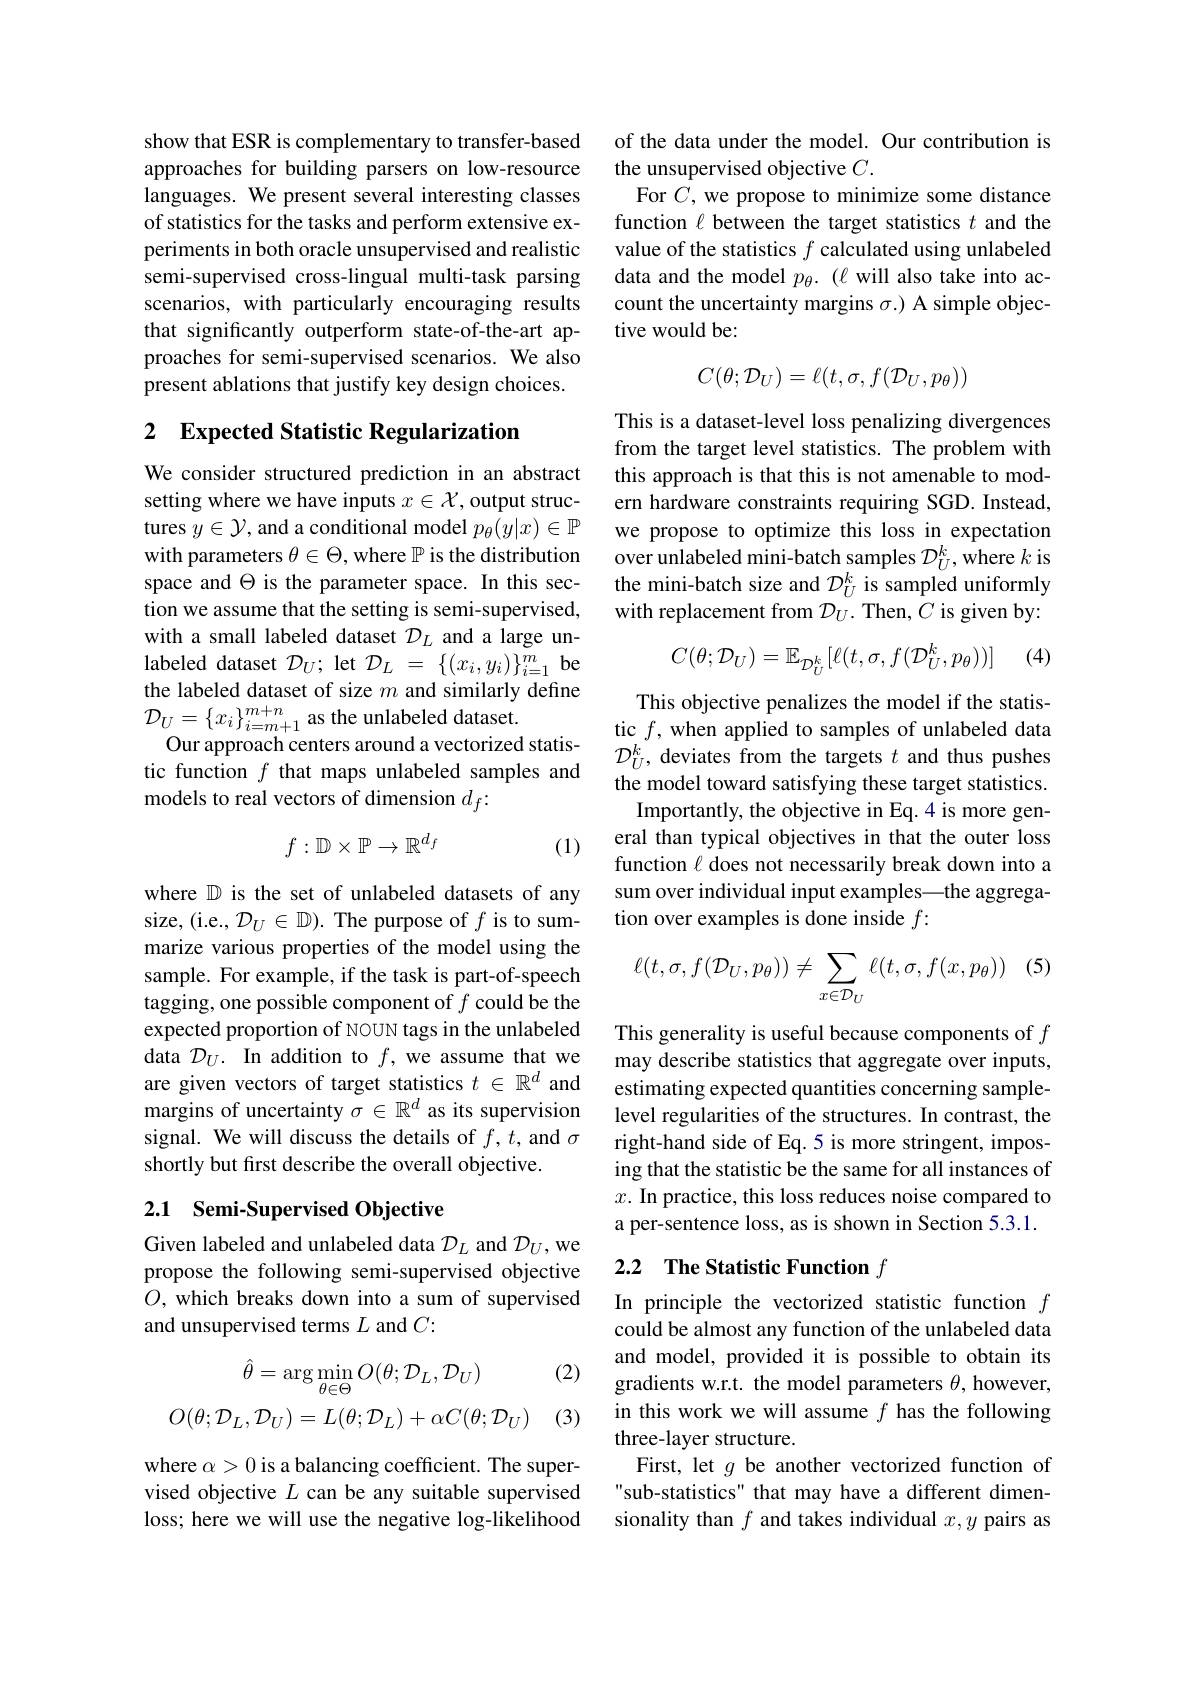
show that ESR is complementary to transfer-based approaches for building parsers on low-resource languages. We present several interesting classes of statistics for the tasks and perform extensive experiments in both oracle unsupervised and realistic semi-supervised cross-lingual multi-task parsing scenarios, with particularly encouraging results that significantly outperform state-of-the-art approaches for semi-supervised scenarios. We also present ablations that justify key design choices.

## 2 Expected Statistic Regularization

We consider structured prediction in an abstract setting where we have inputs $x\in\mathcal{X}$, output structures $y\in\mathcal{Y}$, and a conditional model $p_\theta(y|x)\in\mathbb{P}$ with parameters $\theta\in\Theta$, where $\mathbb{P}$ is the distribution space and $\Theta$ is the parameter space. In this section we assume that the setting is semi-supervised, with a small labeled dataset $\mathcal{D}_L$ and a large unlabeled dataset $\mathcal{D}_U;$ let $\mathcal{D}_L=\{(x_i,y_i)\}_{i=1}^m$ be the labeled dataset of size $m$ and similarly define $\mathcal{D}_{U}=\{x_{i}\}_{i=m+1}^{m+n}$ as the unlabeled dataset.
Our approach centers around a vectorized statistic function $f$ that maps unlabeled samples and models to real vectors of dimension $d_f{:}$
$$f:\mathbb{D}\times\mathbb{P}\to\mathbb{R}^{d_f}$$
(1)

where $\mathbb{D}$ is the set of unlabeled datasets of any size, (i.e., $\mathcal{D}_U\in\mathbb{D}).$ The purpose of $f$ is to summarize various properties of the model using the sample. For example, if the task is part-of-speech tagging, one possible component of $f$ could be the expected proportion of NOUN tags in the unlabeled data $\mathcal{D}_U.$ In addition to $f$, we assume that we are given vectors of target statistics $t\in\mathbb{R}^d$ and margins of uncertainty $\sigma\in\mathbb{R}^d$ as its supervision signal. We will discuss the details of $f,t$, and $\sigma$ shortly but first describe the overall objective.

## 2.1 Semi-Supervised Objective

Given labeled and unlabeled data $\mathcal{D}_L$ and $\mathcal{D}_U$,we propose the following semi-supervised objective $O$, which breaks down into a sum of supervised and unsupervised terms $L$ and $C:$

(2)
$$\begin{aligned}\hat{\theta}&=\arg\min_{\theta\in\Theta}O(\theta;\mathcal{D}_{L},\mathcal{D}_{U})\\O(\theta;\mathcal{D}_{L},\mathcal{D}_{U})&=L(\theta;\mathcal{D}_{L})+\alpha C(\theta;\mathcal{D}_{U})\end{aligned}$$
(3)

where $\alpha>0$ is a balancing coefficient. The supervised objective $L$ can be any suitable supervised loss; here we will use the negative log-likelihood

of the data under the model. Our contribution is
the unsupervised objective $C.$
For $C$, we propose to minimize some distance function $\ell$ between the target statistics $t$ and the value of the statistics $f$ calculated using unlabeled data and the model $p_\theta.$ ($\ell$ will also take into account the uncertainty margins $\sigma.)$ A simple objective would be:
$$C(\theta;\mathcal{D}_U)=\ell(t,\sigma,f(\mathcal{D}_U,p_\theta))$$
This is a dataset-level loss penalizing divergences from the target level statistics. The problem with this approach is that this is not amenable to modern hardware constraints requiring SGD. Instead, we propose to optimize this loss in expectation over unlabeled mini-batch samples $\mathcal{D}_U^k$,where $k$ is the mini-batch size and $\mathcal{D}_U^k$ is sampled uniformly with replacement from $\mathcal{D}_U.$ Then, $C$ is given by:

(4)
$$C(\theta;\mathcal{D}_U)=\mathbb{E}_{\mathcal{D}_U^k}[\ell(t,\sigma,f(\mathcal{D}_U^k,p_\theta))]$$
This objective penalizes the model if the statistic $f$, when applied to samples of unlabeled data $\mathcal{D}_U^k$, deviates from the targets $t$ and thus pushes the model toward satisfying these target statistics.
Importantly, the objective in Eq.4 is more general than typical objectives in that the outer loss function $\ell$ does not necessarily break down into a sum over individual input examples—the aggregation over examples is done inside $f:$

$(\xi$
$$\ell(t,\sigma,f(\mathcal{D}_U,p_\theta))\neq\sum_{x\in\mathcal{D}_U}\ell(t,\sigma,f(x,p_\theta))$$
This generality is useful because components of $f$ may describe statistics that aggregate over inputs, estimating expected quantities concerning samplelevel regularities of the structures. In contrast, the right-hand side of Eq.5 is more stringent, imposing that the statistic be the same for all instances of $x.$ In practice, this loss reduces noise compared to a per-sentence loss, as is shown in Section 5.3.1.

# 2.2 The Statistic Function $f$

In principle the vectorized statistic function $f$ could be almost any function of the unlabeled data and model, provided it is possible to obtain its gradients w.r.t. the model parameters $\theta$, however, in this work we will assume $f$ has the following three-layer structure.
First, let $g$ be another vectorized function of sub-statistics" that may have a different dimensionality than $f$ and takes individual $x,y$ pairs as